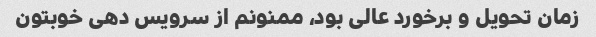
زمان تحویل و برخورد عالی بود، ممنونم از سرویس دهی خوبتون